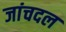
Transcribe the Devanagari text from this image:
जांचदल